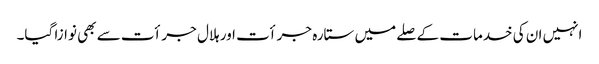
انہیں ان کی خدمات کے صلے میں ستارہ جرأت اور ہلال جرأت سے بھی نوازا گیا۔